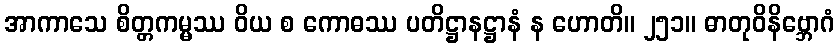
အာကာသေ စိတ္တကမ္မဿ ဝိယ စ ကောဓဿ ပတိဋ္ဌာနဋ္ဌာနံ န ဟောတိ။ ၂၅၁။ ဓာတုဝိနိဗ္ဘောဂံ